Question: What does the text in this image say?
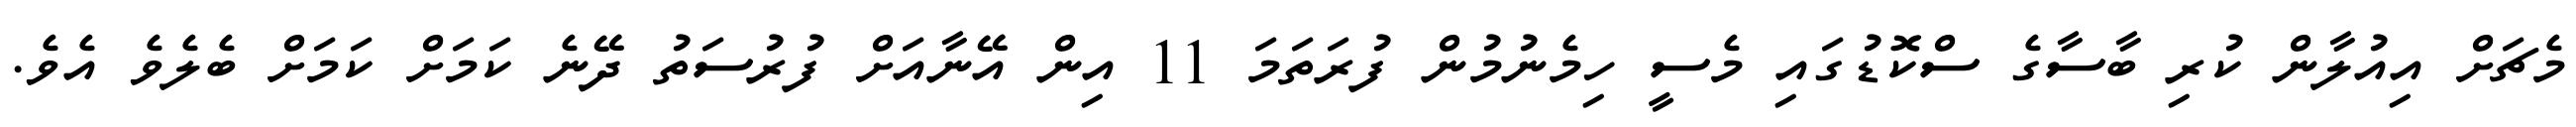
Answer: މެޗަށް އިއުލާން ކުރި ބާސާގެ ސްކޮޑުގައި މެސީ ހިމެނުމުން ފުރަތަމަ 11 އިން އޭނާއަށް ފުރުސަތު ދޭނެ ކަމަށް ކަމަށް ބެލެވެ އެވެ.